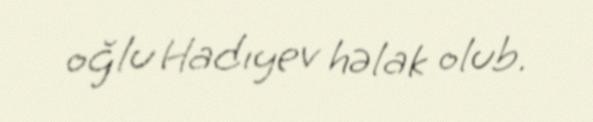
oğlu Hadıyev həlak olub.